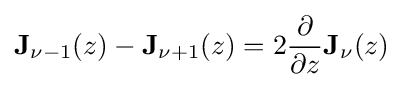
\mathbf {J} _{\nu -1}(z)-\mathbf {J} _{\nu +1}(z)=2{\dfrac {\partial }{\partial z}}\mathbf {J} _{\nu }(z)